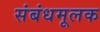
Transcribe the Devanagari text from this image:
संबंधमूलक